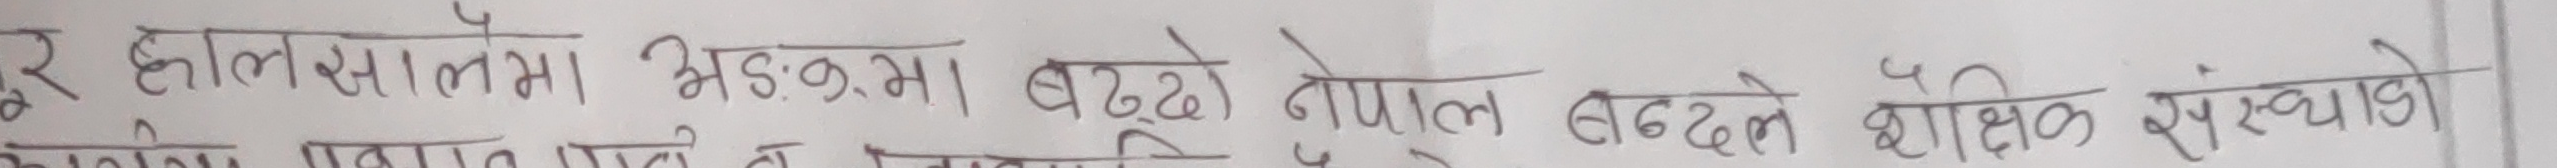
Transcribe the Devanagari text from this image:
र हालसालमा भ्रंगमा बढ्दो नेपाल बढ्दै शैक्षिक संस्थाको